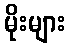
မိုးများ